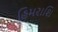
હિમરાશિ